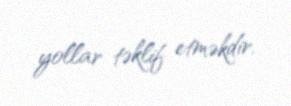
yollar təklif etməkdir.